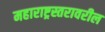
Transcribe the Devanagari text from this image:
महाराष्ट्रस्तरावरील